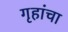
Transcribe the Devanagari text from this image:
गृहांचा